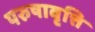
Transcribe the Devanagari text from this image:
परुषावृत्ति